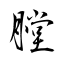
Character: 膛